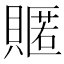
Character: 𮚟